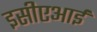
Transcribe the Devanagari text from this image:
इसीएआई